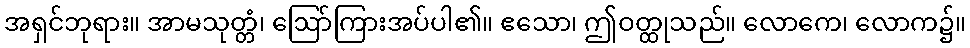
အရှင်ဘုရား။ အာမသုတ္တံ၊ ဩော်ကြားအပ်ပါ၏။ ဧသော၊ ဤဝတ္ထုသည်။ လောကေ၊ လောက၌။